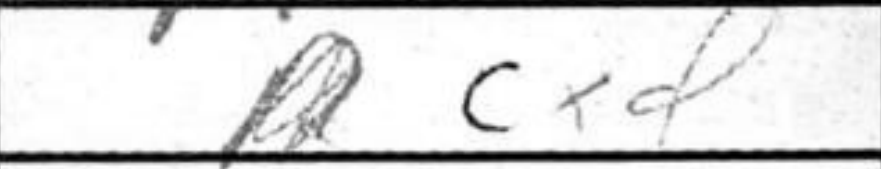
Transcription: cxd